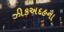
ઝીકઅદહના